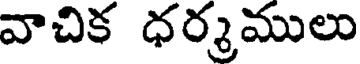
వాచిక ధర్మములు